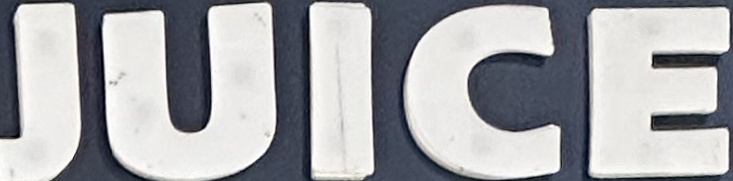
JUICE